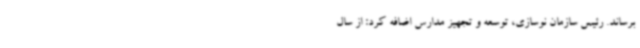
برساند. رئیس سازمان نوسازی، توسعه و تجهیز مدارس اضافه کرد: از سال